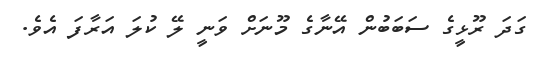
ގަދަ ރޫޅީގެ ސަބަބުން އޭނާގެ މޫނަށް ވަނީ ލޭ ކުލަ އަރާފަ އެވެ.